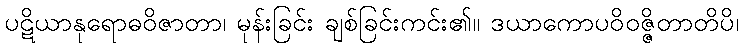
ပဋိယာနုရောဓဝိဇာတာ၊ မုန်းခြင်း ချစ်ခြင်းကင်း၏။ ဒယာကောပဝိဝဇ္ဇိတာတိပိ၊